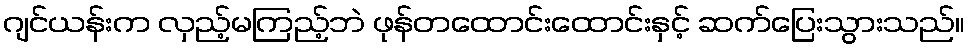
ဂျင်ယန်းက လှည့်မကြည့်ဘဲ ဖုန်တထောင်းထောင်းနှင့် ဆက်ပြေးသွားသည်။